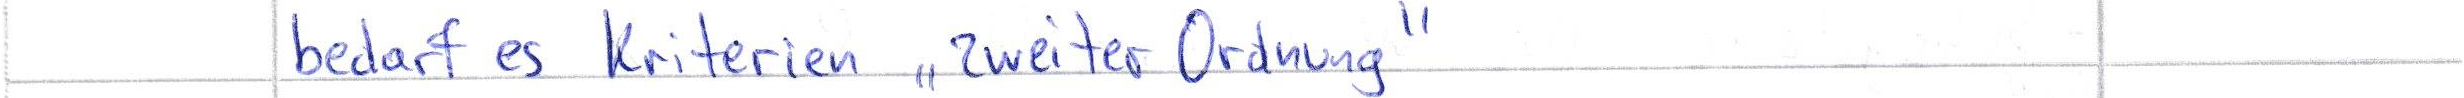
bedarf es Kriterien "zweiter Ordnung"